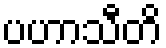
ပဟာသီတိ